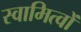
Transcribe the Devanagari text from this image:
स्वामित्वों